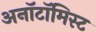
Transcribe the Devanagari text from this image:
अनॉटॉमिस्ट